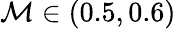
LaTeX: \mathcal{M}\in(0.5,0.6)